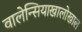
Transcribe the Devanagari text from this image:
वालेन्सियाखालोखाल